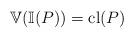
LaTeX: \begin{align*}\mathbb{V}(\mathbb{I}(P))&={\rm cl}(P)\end{align*}